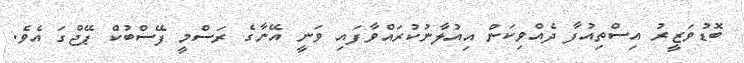
ބޮޑުވަޒީރު އިސްތިއުފާ ދެއްވިކަން އިއުލާނުކުރައްވާފައި ވަނީ އޭނާގެ ރަސްމީ ފޭސްބުކް ޕޭޖްގަ އެވެ.